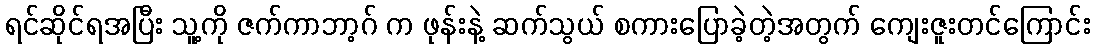
ရင်ဆိုင်ရအပြီး သူ့ကို ဇက်ကာဘာ့ဂ် က ဖုန်းနဲ့ ဆက်သွယ် စကားပြောခဲ့တဲ့အတွက် ကျေးဇူးတင်ကြောင်း